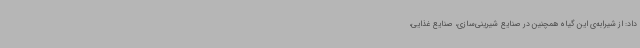
داد: از شیرابه‌ی این گیاه همچنین در صنایع شیرینی‌سازی، صنایع غذایی،